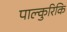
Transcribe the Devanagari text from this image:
पाल्कुरिकि